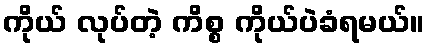
ကိုယ် လုပ်တဲ့ ကိစ္စ ကိုယ်ပဲခံရမယ်။